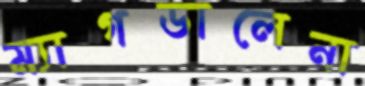
ম্যাগডালেনা